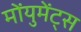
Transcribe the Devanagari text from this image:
मोंयुमेंट्स